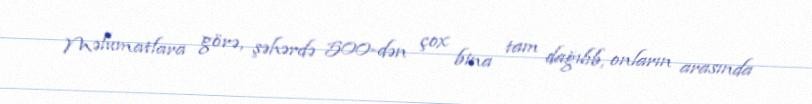
Məlumatlara görə, şəhərdə 500-dən çox bina tam dağılıb, onların arasında